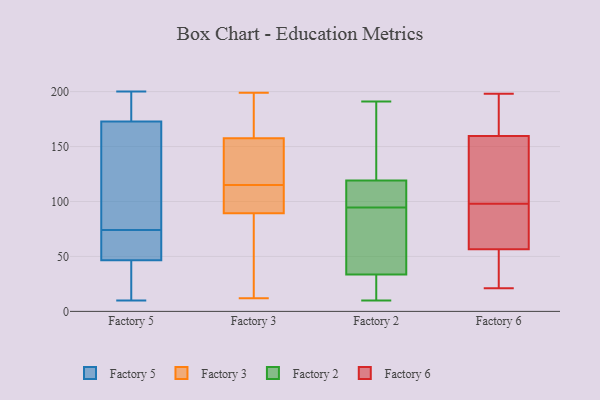
{"axis": {"x": "Waste Production (Tons)", "y": "Value"}, "legend": ["Factory 2", "Factory 3", "Factory 5", "Factory 6"], "data": [{"x": "", "y": 74, "type": "Factory 5"}, {"x": "", "y": 163, "type": "Factory 5"}, {"x": "", "y": 197, "type": "Factory 5"}, {"x": "", "y": 20, "type": "Factory 5"}, {"x": "", "y": 10, "type": "Factory 5"}, {"x": "", "y": 57, "type": "Factory 5"}, {"x": "", "y": 73, "type": "Factory 5"}, {"x": "", "y": 189, "type": "Factory 5"}, {"x": "", "y": 110, "type": "Factory 5"}, {"x": "", "y": 43, "type": "Factory 5"}, {"x": "", "y": 36, "type": "Factory 5"}, {"x": "", "y": 139, "type": "Factory 5"}, {"x": "", "y": 200, "type": "Factory 5"}, {"x": "", "y": 63, "type": "Factory 5"}, {"x": "", "y": 176, "type": "Factory 5"}, {"x": "", "y": 135, "type": "Factory 3"}, {"x": "", "y": 112, "type": "Factory 3"}, {"x": "", "y": 111, "type": "Factory 3"}, {"x": "", "y": 95, "type": "Factory 3"}, {"x": "", "y": 151, "type": "Factory 3"}, {"x": "", "y": 72, "type": "Factory 3"}, {"x": "", "y": 199, "type": "Factory 3"}, {"x": "", "y": 115, "type": "Factory 3"}, {"x": "", "y": 111, "type": "Factory 3"}, {"x": "", "y": 194, "type": "Factory 3"}, {"x": "", "y": 177, "type": "Factory 3"}, {"x": "", "y": 26, "type": "Factory 3"}, {"x": "", "y": 147, "type": "Factory 3"}, {"x": "", "y": 12, "type": "Factory 3"}, {"x": "", "y": 70, "type": "Factory 3"}, {"x": "", "y": 190, "type": "Factory 3"}, {"x": "", "y": 146, "type": "Factory 3"}, {"x": "", "y": 77, "type": "Factory 2"}, {"x": "", "y": 81, "type": "Factory 2"}, {"x": "", "y": 124, "type": "Factory 2"}, {"x": "", "y": 114, "type": "Factory 2"}, {"x": "", "y": 10, "type": "Factory 2"}, {"x": "", "y": 108, "type": "Factory 2"}, {"x": "", "y": 40, "type": "Factory 2"}, {"x": "", "y": 22, "type": "Factory 2"}, {"x": "", "y": 140, "type": "Factory 2"}, {"x": "", "y": 150, "type": "Factory 2"}, {"x": "", "y": 11, "type": "Factory 2"}, {"x": "", "y": 191, "type": "Factory 2"}, {"x": "", "y": 111, "type": "Factory 2"}, {"x": "", "y": 27, "type": "Factory 2"}, {"x": "", "y": 57, "type": "Factory 2"}, {"x": "", "y": 114, "type": "Factory 2"}, {"x": "", "y": 106, "type": "Factory 6"}, {"x": "", "y": 198, "type": "Factory 6"}, {"x": "", "y": 82, "type": "Factory 6"}, {"x": "", "y": 45, "type": "Factory 6"}, {"x": "", "y": 21, "type": "Factory 6"}, {"x": "", "y": 151, "type": "Factory 6"}, {"x": "", "y": 43, "type": "Factory 6"}, {"x": "", "y": 63, "type": "Factory 6"}, {"x": "", "y": 161, "type": "Factory 6"}, {"x": "", "y": 177, "type": "Factory 6"}, {"x": "", "y": 66, "type": "Factory 6"}, {"x": "", "y": 114, "type": "Factory 6"}, {"x": "", "y": 181, "type": "Factory 6"}, {"x": "", "y": 134, "type": "Factory 6"}, {"x": "", "y": 52, "type": "Factory 6"}, {"x": "", "y": 166, "type": "Factory 6"}, {"x": "", "y": 158, "type": "Factory 6"}, {"x": "", "y": 90, "type": "Factory 6"}, {"x": "", "y": 38, "type": "Factory 6"}, {"x": "", "y": 61, "type": "Factory 6"}]}